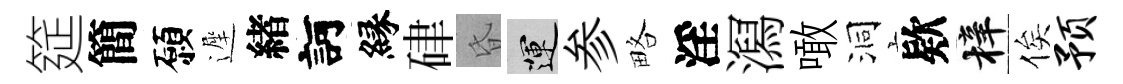
筵簡願遲緖訶縁硉昏運参略淫㵼噉洞欵梓俟预